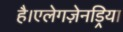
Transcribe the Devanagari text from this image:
है।एलेगज़ेनड्रिया